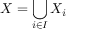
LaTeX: X = \bigcup _ { i \in I } X _ { i }